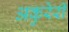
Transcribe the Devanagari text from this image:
अकुरेरी